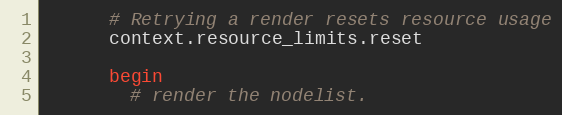
Language: Ruby
      # Retrying a render resets resource usage
      context.resource_limits.reset

      begin
        # render the nodelist.